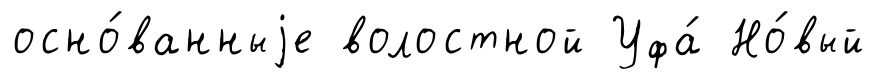
осно́ванныjе волостной Уфа́ Но́вый